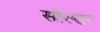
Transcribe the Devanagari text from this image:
सॉल्टर